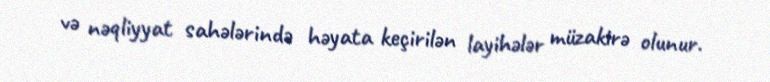
və nəqliyyat sahələrində həyata keçirilən layihələr müzakirə olunur.